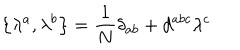
LaTeX: \left\{ \lambda ^ { a } , \lambda ^ { b } \right\} = \frac { 1 } { N } \delta _ { a b } + d ^ { a b c } \lambda ^ { c }